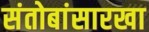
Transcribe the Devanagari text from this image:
संतोबांसारखा